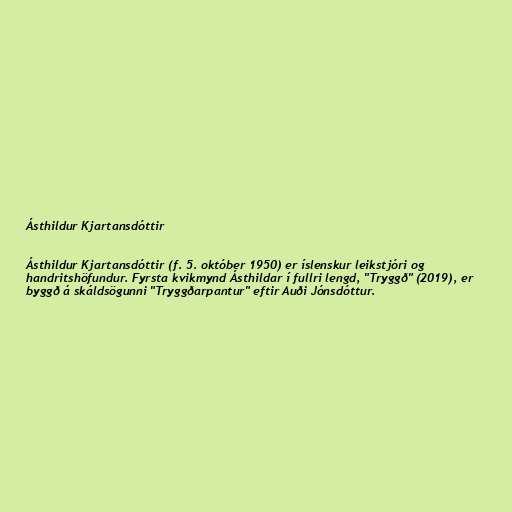
Ásthildur Kjartansdóttir

Ásthildur Kjartansdóttir (f. 5. október 1950) er íslenskur leikstjóri og
handritshöfundur. Fyrsta kvikmynd Ásthildar í fullri lengd, "Tryggð" (2019), er
byggð á skáldsögunni "Tryggðarpantur" eftir Auði Jónsdóttur.